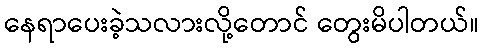
နေရာပေးခဲ့သလားလို့တောင် တွေးမိပါတယ်။